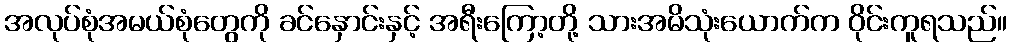
အလုပ်စုံအမယ်စုံတွေကို ခင်နှောင်းနှင့် အရီးကြော့တို့ သားအမိသုံးယောက်က ဝိုင်းကူရသည်။